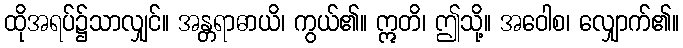
ထိုအရပ်၌သာလျှင်။ အန္တရာဓာယိ၊ ကွယ်၏။ ဣတိ၊ ဤသို့။ အဝေါစ၊ လျှောက်၏။